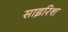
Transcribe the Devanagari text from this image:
साइरिश